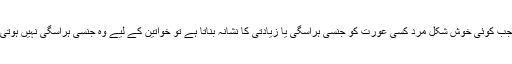
جب کوئی خوش شکل مرد کسی عورت کو جنسی ہراسگی یا زیادتی کا نشانہ بناتا ہے تو خواتین کے لیے وہ جنسی ہراسگی نہیں ہوتی۔